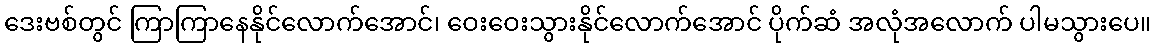
ဒေးဗစ်တွင် ကြာကြာနေနိုင်လောက်အောင်၊ ဝေးဝေးသွားနိုင်လောက်အောင် ပိုက်ဆံ အလုံအလောက် ပါမသွားပေ။